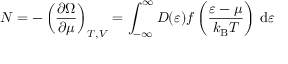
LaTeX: N = - \left( { \frac { \partial \Omega } { \partial \mu } } \right) _ { T , V } = \int _ { - \infty } ^ { \infty } D ( \varepsilon ) { \mathcal { f } } \left( { \frac { \varepsilon - \mu } { k _ { \mathrm { { B } } } T } } \right) \, \mathrm { d } \varepsilon